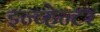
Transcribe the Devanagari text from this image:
इन्व्हेन्टर